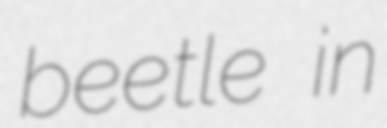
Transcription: beetle in